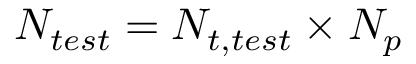
N _ { t e s t } = N _ { t , t e s t } \times N _ { p }